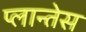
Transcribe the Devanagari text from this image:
प्लान्तेस